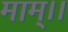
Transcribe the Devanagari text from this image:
माम्।।